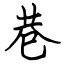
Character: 巷